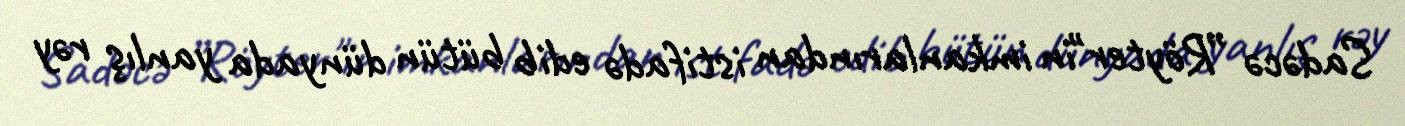
Sadəcə ”Röyter"in imkanlarından istifadə edib bütün dünyada yanlış rəy